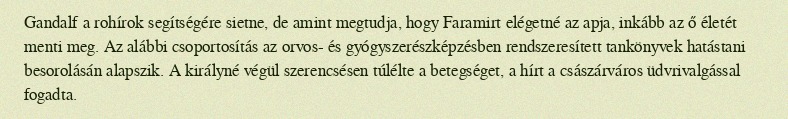
Gandalf a rohírok segítségére sietne, de amint megtudja, hogy Faramirt elégetné az apja, inkább az ő életét menti meg. Az alábbi csoportosítás az orvos- és gyógyszerészképzésben rendszeresített tankönyvek hatástani besorolásán alapszik. A királyné végül szerencsésen túlélte a betegséget, a hírt a császárváros üdvrivalgással fogadta.